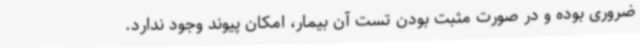
ضروری بوده و در صورت مثبت بودن تست آن بیمار، امکان پیوند وجود ندارد.